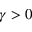
\gamma > 0